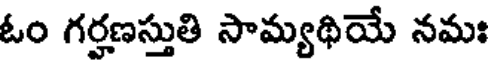
ఓం గర్హణస్తుతి సామ్యథియే నమః